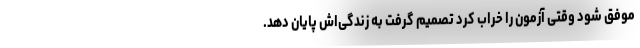
موفق شود وقتی آزمون را خراب کرد تصمیم گرفت به زندگی‌اش پایان دهد.